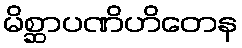
မိစ္ဆာပဏိဟိတေန